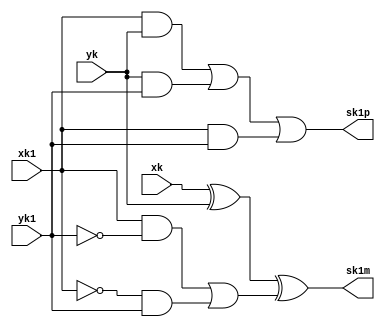
`timescale 1ns / 1ps
//////////////////////////////////////////////////////////////////////////////////
// Company:      N.VAMSHI KRISHNA
// Design Name: 
// Module Name:     
// Project Name: 
// Target Devices: 
// Tool versions: 
// Description: 
//
// Dependencies: 
//
// Revision: 
// Revision 0.01 - File Created
// Additional Comments: 
//
//////////////////////////////////////////////////////////////////////////////////
module COMP42(xk,yk,xk1,yk1,sk1m,sk1p);

input xk,yk,xk1,yk1;
output sk1m,sk1p;

assign sk1m = xk^yk^((xk1&~yk1)|(~xk1&yk1));
assign sk1p = xk1&yk|yk&yk1|xk1&yk1;

endmodule
/////////////////////////////

module COMP42_NBIT(a,b,sum);

parameter N=32;
input [N-1:0] a,b;
output [N-1:0] sum;
wire [N:0] C;
	
	assign C[0]=1'b0;
	assign cout=C[N];
	genvar i;
	
   generate 
   for(i=0;i<=N-1;i=i+1)
     begin: aa
       COMP42 b1(1'b0,a[i],b[i],C[i],sum[i],C[i+1]);
     end
   endgenerate

endmodule